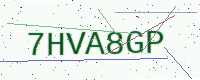
Text: 7HVA8GP